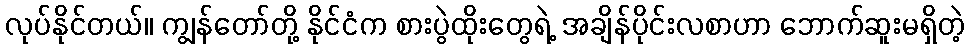
လုပ်နိုင်တယ်။ ကျွန်တော်တို့ နိုင်ငံက စားပွဲထိုးတွေရဲ့ အချိန်ပိုင်းလစာဟာ ဘောက်ဆူးမရှိတဲ့